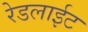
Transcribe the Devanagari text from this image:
रेडलाईट